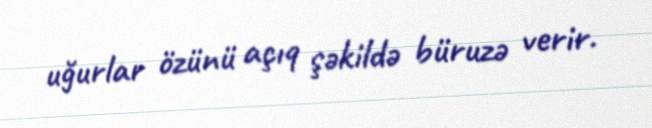
uğurlar özünü açıq şəkildə büruzə verir.